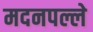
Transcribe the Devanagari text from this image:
मदनपल्ले